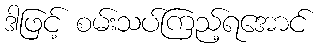
ဒါဖြင့် စမ်းသပ်ကြည့်ရအောင်